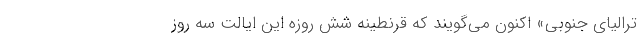
ترالیای جنوبی» اکنون می‌گویند که قرنطینه شش روزه این ایالت سه روز